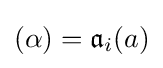
(\alpha )={\mathfrak {a}}_{i}(a)